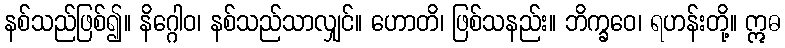
နစ်သည်ဖြစ်၍။ နိဂ္ဂေါဝ၊ နစ်သည်သာလျှင်။ ဟောတိ၊ ဖြစ်သနည်း။ ဘိက္ခဝေ၊ ရဟန်းတို့။ ဣဓ